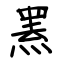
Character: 罴